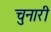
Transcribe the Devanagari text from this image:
चुनारी